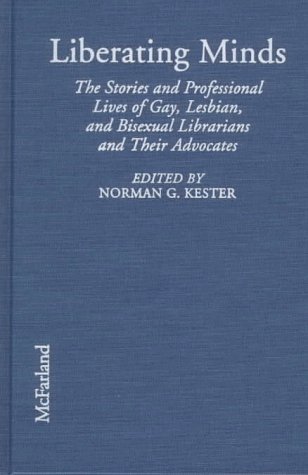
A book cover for Liberating Minds: The Stories and Professional Lives of Gay, Lesbian and Bisexual Librarians and Their Advocates; Gay & Lesbian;